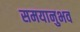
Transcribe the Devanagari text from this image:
समयानुभव